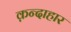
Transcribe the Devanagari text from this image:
क़न्दाहार